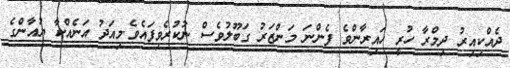
ދެއްކިއިރު ދިމްރާ ހުރީ ހައިރާންވެ ފެންނަ މަންޒަރު ގަބޫލުވެސް ނުކުރެވިފައެވެ.މިއަދު އަނެއްކާ ޔުއާންގެ